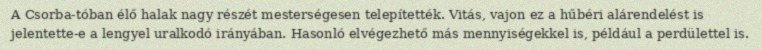
A Csorba-tóban élő halak nagy részét mesterségesen telepítették. Vitás, vajon ez a hűbéri alárendelést is jelentette-e a lengyel uralkodó irányában. Hasonló elvégezhető más mennyiségekkel is, például a perdülettel is.